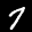
Label: 7